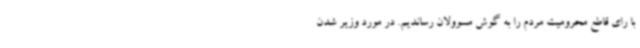
با رای قاطع محرومیت مردم را به گوش مسوولان رساندیم. در مورد وزیر شدن